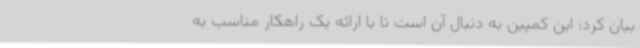
بیان کرد: این کمپین به دنبال آن است تا با ارائه یک راهکار مناسب به